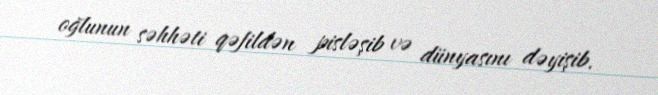
oğlunun səhhəti qəfildən pisləşib və dünyasını dəyişib.